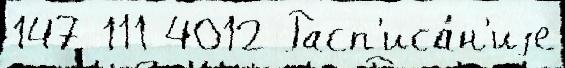
147 111 4012 Расп'иса́н'иjе